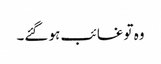
وہ تو غائب ہو گئے۔